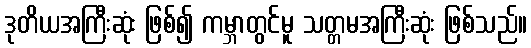
ဒုတိယအကြီးဆုံး ဖြစ်၍ ကမ္ဘာတွင်မူ သတ္တမအကြီးဆုံး ဖြစ်သည်။